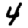
Digit: 4